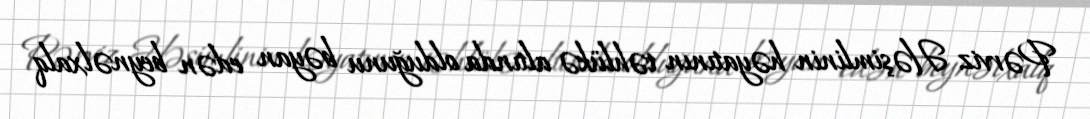
Pərviz Həşimlinin həyatının təhlükə altında olduğunu bəyan edən beynəlxalq